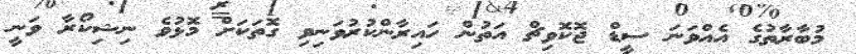
މުބާރާތުގެ އެއްވަނަ ސީޑް ޖޮކޮވިޗް އަތުން ހައިރާންކުރުވަނިވި ގޮތަކަށް މޮޅުވެ ނިޝިކޯރާ ވަނީ